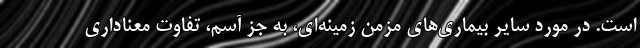
است. در مورد سایر بیماری‌های مزمن زمینه‌ای، به‌ جز آسم، تفاوت معناداری